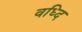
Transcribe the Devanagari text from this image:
वध्दि